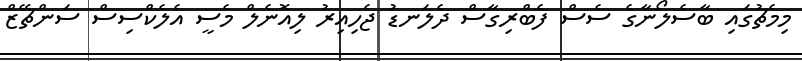
މިމެޗުގައި ބާސެލޯނާގެ ސެސް ފެބްރިގާސް ދެލަނޑު ޖެހިއިރު ލިއޮނެލް މެސީ އެލެކްސިސް ސަންޗޭޒް